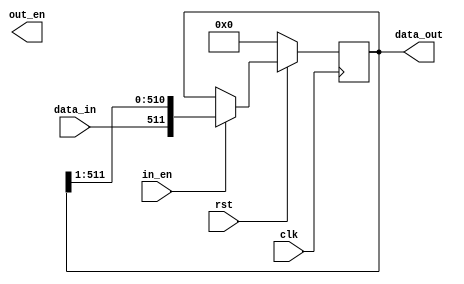
module FMAP_OUT_SHIFTREG(
    // inputs
    clk,
    rst,
    in_en,
    data_in,
    // outputs
    data_out,
    out_en
    );
    
    parameter FD = 512;
    parameter N_PE = 1;
    parameter IN_WIDTH = 1;
    parameter DEPTH = 1;
   
    // inputs
    input clk, in_en, rst;
    input [IN_WIDTH-1:0] data_in;
    
    // outputs
    output out_en;
    output [IN_WIDTH*FD/N_PE-1:0] data_out;
    
    // shiftreg
    reg [IN_WIDTH*FD*DEPTH/N_PE-1:0] PE_dout_buffer;
    
    always @(posedge clk)
    begin
        if (~rst)
            PE_dout_buffer <= 'b0;
        else if (in_en)
        begin
            //bit shift register
            PE_dout_buffer <= {data_in, PE_dout_buffer[IN_WIDTH*DEPTH*FD/N_PE-1:1]};
        end
    end
        
    //module output wires
//    assign data_out = PE_dout_buffer[IN_WIDTH*DEPTH*FD/N_PE-1:IN_WIDTH*DEPTH*FD/N_PE-FD/N_PE];
    assign data_out = PE_dout_buffer[FD/N_PE-1:0];
    
endmodule